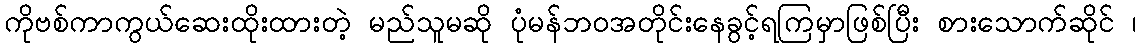
ကိုဗစ်ကာကွယ်ဆေးထိုးထားတဲ့ မည်သူမဆို ပုံမန်ဘဝအတိုင်းနေခွင့်ရကြမှာဖြစ်ပြီး စားသောက်ဆိုင် ၊